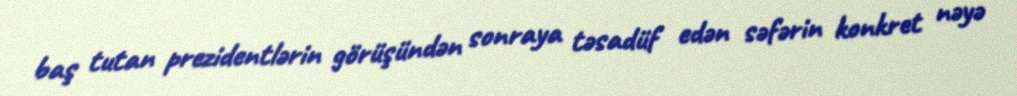
baş tutan prezidentlərin görüşündən sonraya təsadüf edən səfərin konkret nəyə